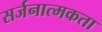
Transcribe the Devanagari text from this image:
सर्जनात्‍मकता